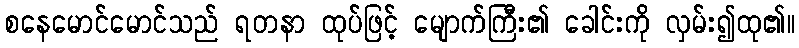
စနေမောင်မောင်သည် ရတနာ ထုပ်ဖြင့် မျောက်ကြီး၏ ခေါင်းကို လှမ်း၍ထု၏။